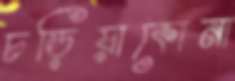
চড়িয়াকোনা